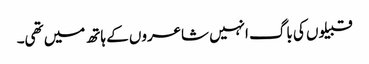
قبیلوں کی باگ انہیں شاعروں کے ہاتھ میں تھی۔